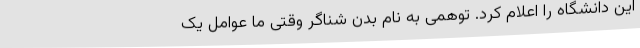
این دانشگاه را اعلام کرد. توهمی به نام بدن شناگر وقتی ما عوامل یک